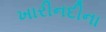
ખારીનદીના